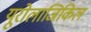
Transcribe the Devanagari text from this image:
यूरोलाजिकिल